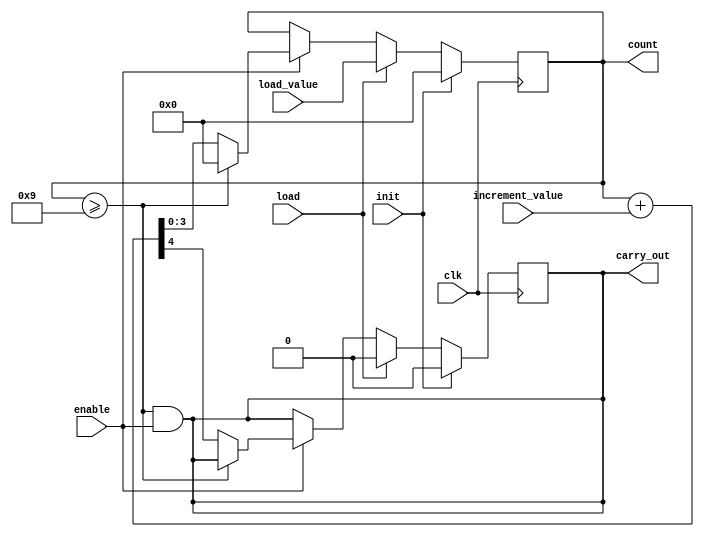
module counter #(parameter N = 4, M = 9) 
(
    input clk,
    input init,
    input load,
    input enable,
    input [N-1:0] load_value,
    input [N-1:0] increment_value,
    output reg [N-1:0] count,
    output reg carry_out
);

    always @(posedge clk) begin
        if (init) begin
            count <= 0;
            carry_out <= 0;
        end
        else if (load) begin
            count <= load_value;
            carry_out <= 0;
        end
        else if (enable) begin
            if (count >= M) begin
                count <= 0;
                // carry_out <= 1;
            end
            else begin
                {carry_out,count} <= count + increment_value;
            end
        end
    end
    assign carry_out = (count >= M) && enable;
endmodule